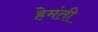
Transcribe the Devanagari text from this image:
हेमंती